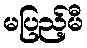
မပြည့်မီ